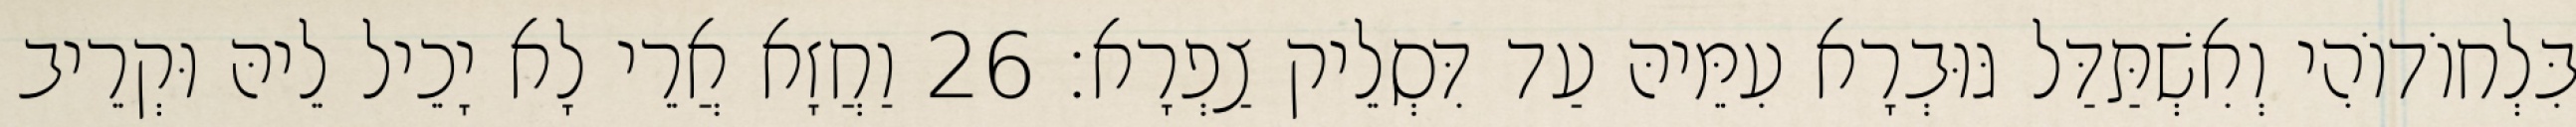
בִּלְחוֹדוֹהִי וְאִשְׁתַּדַּל גּוּבְרָא עִמֵּיהּ עַד דִּסְלֵיק צַפְרָא׃ 26 וַחֲזָא אֲרֵי לָא יָכֵיל לֵיהּ וּקְרֵיב